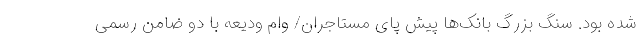
شده بود. سنگ بزرگ بانک‌ها پیش پای مستاجران/ وام ودیعه با دو ضامن رسمی